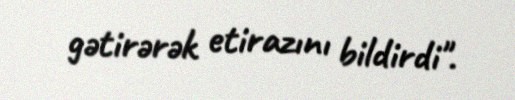
gətirərək etirazını bildirdi".